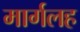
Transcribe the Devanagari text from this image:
मार्गलह